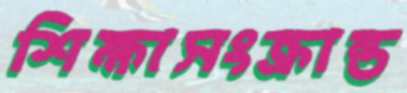
শিক্ষাসংক্রান্ত